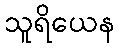
သူရိယေန